Scottish Leaving Certificate Examination, 1959
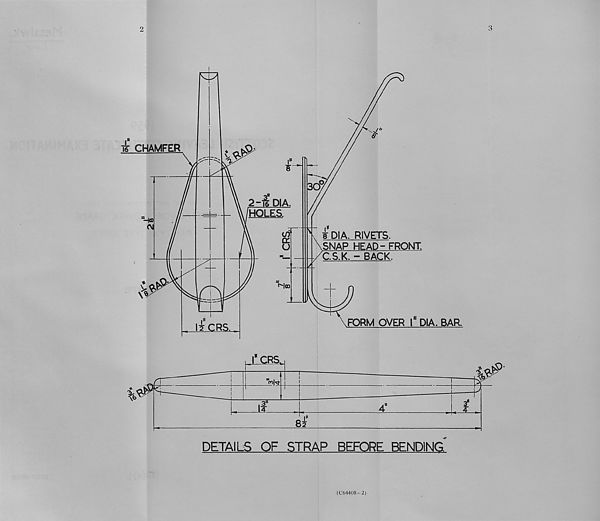
2
3
DETAILS OF STRAP BEFORE BENDING
(C64408- 2)